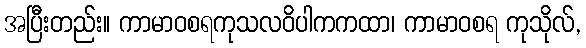
အပြီးတည်း။ ကာမာဝစရကုသလဝိပါကကထာ၊ ကာမာဝစရ ကုသိုလ်,